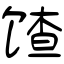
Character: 馇